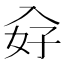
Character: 𭀿